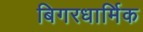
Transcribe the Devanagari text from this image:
बिगरधार्मिक